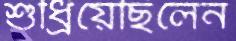
শুধ্‌রিয়েছিলেন